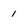
Character: 1